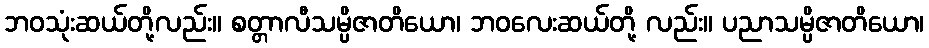
ဘဝသုံးဆယ်တို့လည်း။ စတ္တာလီသမ္ပိဇာတိယော၊ ဘဝလေးဆယ်တို့ လည်း။ ပညာသမ္ပိဇာတိယော၊